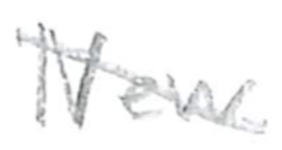
Text: New
Cross-out: diagonal
Writing tool: pencil